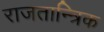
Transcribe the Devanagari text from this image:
राजतान्त्रिक